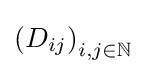
\left(D_{ij}\right)_{i,j\in \mathbb {N} }